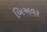
બિઅવર